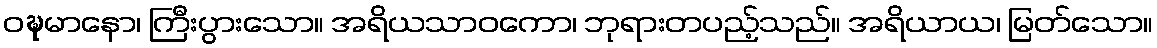
ဝဍ္ဎမာနော၊ ကြီးပွားသော။ အရိယသာဝကော၊ ဘုရားတပည့်သည်။ အရိယာယ၊ မြတ်သော။